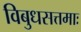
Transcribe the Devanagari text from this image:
विबुधसत्तमाः